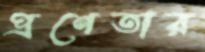
প্রণেতার